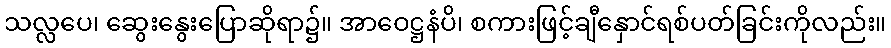
သလ္လပေ၊ ဆွေးနွေးပြောဆိုရာ၌။ အာဝေဋ္ဌနံပိ၊ စကားဖြင့်ချီနှောင်ရစ်ပတ်ခြင်းကိုလည်း။